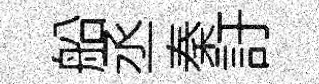
船丞秦訏